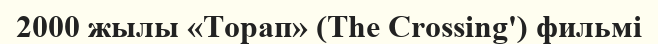
2000 жылы «Торап» (The Crossing') фильмі